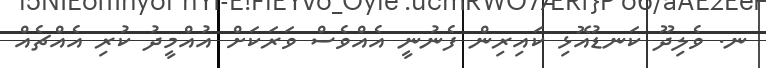
ނ. ވެލިދޫ ކަނޑުއޮޅި ކައިރިން ފެނުނީ އެއްވެސް ވަރަކަށް އުއްމީދު ކުރި އެއްޗެއް